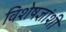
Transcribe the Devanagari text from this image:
विशेषज्ञांशी